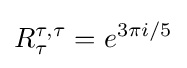
R_{\tau }^{\tau ,\tau }=e^{3\pi i/5}